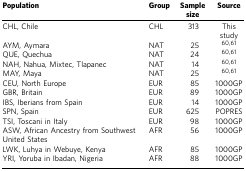
| Population | Group | Sample size | Source |
 | --- | --- | --- | --- |
 | CHL, Chile | CHL | 313 | This study |
 | AYM, Aymara | NAT | 25 | 6061 |
 | QUE, Quechua | NAT | 24 | 6061 |
 | NAH, Nahua, Mixtec, Tlapanec | NAT | 14 | 6061 |
 | MAY, Maya | NAT | 25 | 6061 |
 | CEU, North Europe | EUR | 85 | 1000GP |
 | GBR, Britain | EUR | 89 | 1000GP |
 | IBS, Iberians from Spain | EUR | 14 | 1000GP |
 | SPN, Spain | EUR | 625 | POPRES |
 | TSI, Toscani in Italy | EUR | 98 | 1000GP |
 | ASW, African Ancestry from Southwest United States | AFR | 56 | 1000GP |
 | LWK, Luhya in Webuye, Kenya | AFR | 85 | 1000GP |
 | YRI, Yoruba in Ibadan, Nigeria | AFR | 88 | 1000GP |